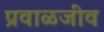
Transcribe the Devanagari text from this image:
प्रवाळजीव